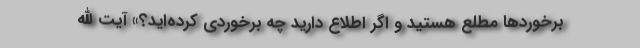
برخوردها مطلع هستید و اگر اطلاع دارید چه برخوردی کرده‌اید؟» آیت الله